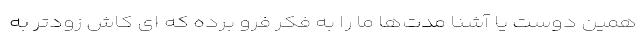
همین دوست یا آشنا مدت‌ها ما را به فکر فرو برده که ای کاش زودتر به